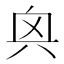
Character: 𫤭